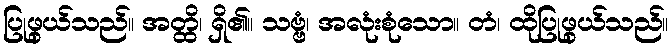
ပြုဖွယ်သည်။ အတ္ထိ၊ ရှိ၏။ သဗ္ဗံ၊ အလုံးစုံသော။ တံ၊ ထိုပြုဖွယ်သည်။